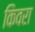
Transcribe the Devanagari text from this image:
किवरा